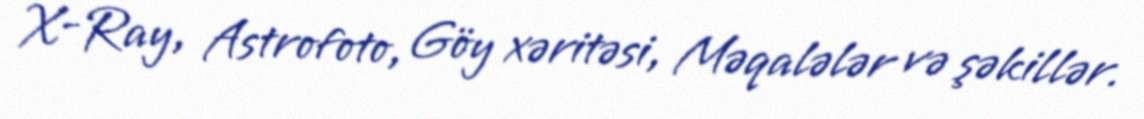
X-Ray, Astrofoto, Göy xəritəsi, Məqalələr və şəkillər.